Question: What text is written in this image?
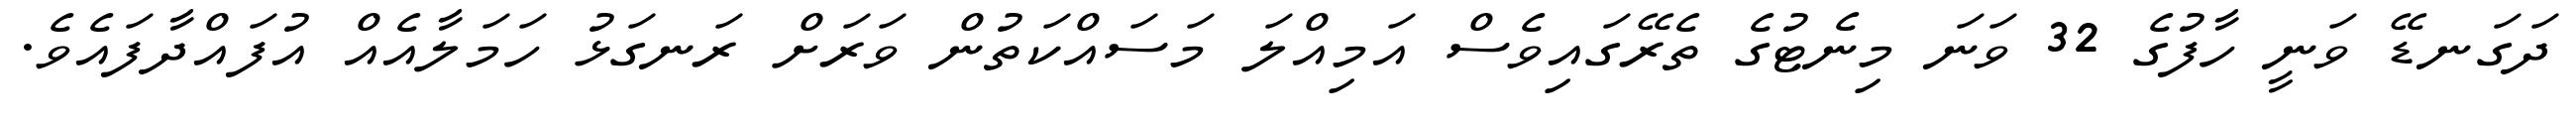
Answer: ދަގަނޑޭ ވަނީ ހާފުގެ 32 ވަނަ މިނެޓުގެ ތެރޭގައިވެސް އަމިއްލަ މަސައްކަތުން ވަރަށް ރަނގަޅު ހަމަލާއެއް އުފައްދާފައެވެ.